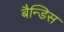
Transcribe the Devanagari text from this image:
बैन्डिस